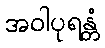
အဝါပုရန္တံ